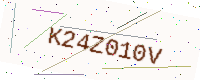
Text: K24Z010V